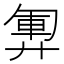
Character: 𫸞